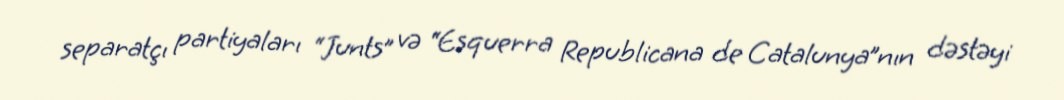
separatçı partiyaları “Junts” və “Esquerra Republicana de Catalunya”nın dəstəyi